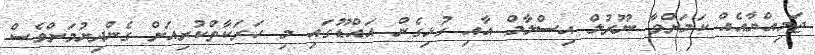
ޖަމިއްޔާއެއް ކަމަށްވާ ނޫރުލް އިސްލާމް އާއި ގުޅިގެން އައްޑޫގައި މި ހަރަކާތްކުރިއަށް ގެންދިޔުމަށްވެސް